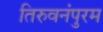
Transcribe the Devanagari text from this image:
तिरुवनंपुरम